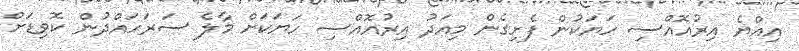
އިއްޔެ އިރުއޮއްސި ހަޔަކުން ފެށިގެން މިއަދު އިރުއޮއްސި ހަޔަކަށް މާލެ ސަރަހައްދުން ކޮވިޑަށް